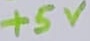
Text: +5V